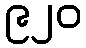
၉၂၀